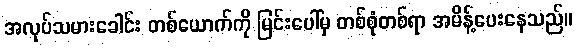
အလုပ်သမားခေါင်း တစ်ယောက်ကို မြင်းပေါ်မှ တစ်စုံတစ်ရာ အမိန့်ပေးနေသည်။